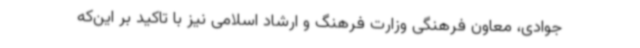
جوادی، معاون فرهنگی وزارت فرهنگ و ارشاد اسلامی نیز با تاکید بر این‌که